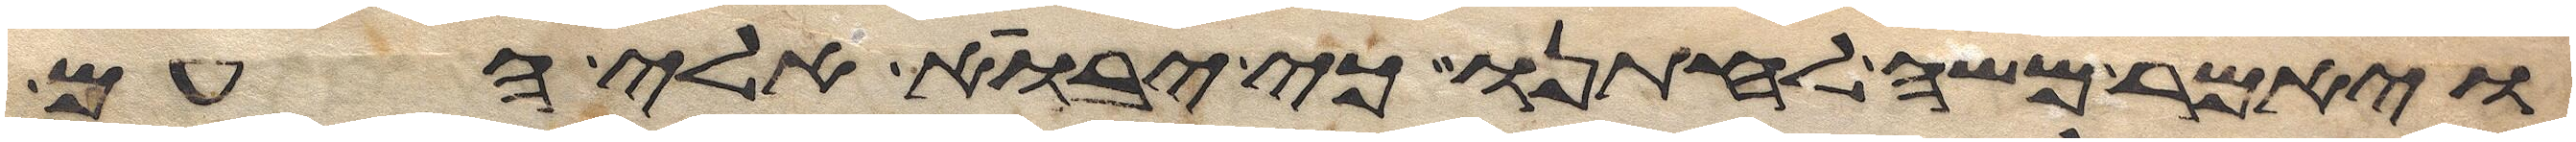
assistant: ויאמר משה לחתנו כי יבוא אלי העם